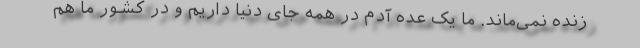
زنده نمی‌ماند. ما یک عده آدم در همه جای دنیا داریم و در کشور ما هم